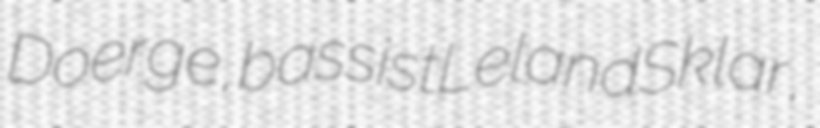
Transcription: Doerge, bassist Leland Sklar,